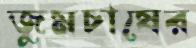
জুমচাষের